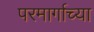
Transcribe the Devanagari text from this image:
परमार्गाच्या